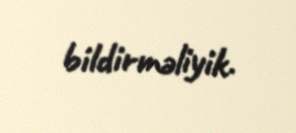
bildirməliyik.